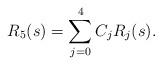
LaTeX: \begin{align*}R_5(s) = \sum_{j=0}^4 C_j R_j(s).\end{align*}